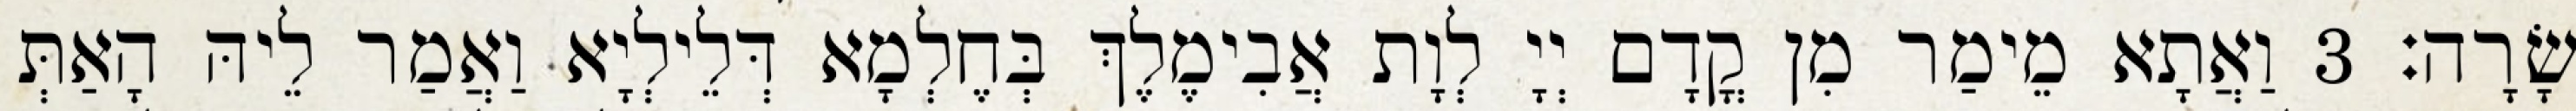
שָׂרָה׃ 3 וַאֲתָא מֵימַר מִן קֳדָם יְיָ לְוָת אֲבִימֶלֶךְ בְּחֶלְמָא דְּלֵילְיָא וַאֲמַר לֵיהּ הָאַתְּ